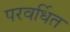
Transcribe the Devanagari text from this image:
परवर्धित